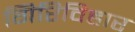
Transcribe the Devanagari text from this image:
गिरिविहार